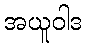
အယူဝါဒ